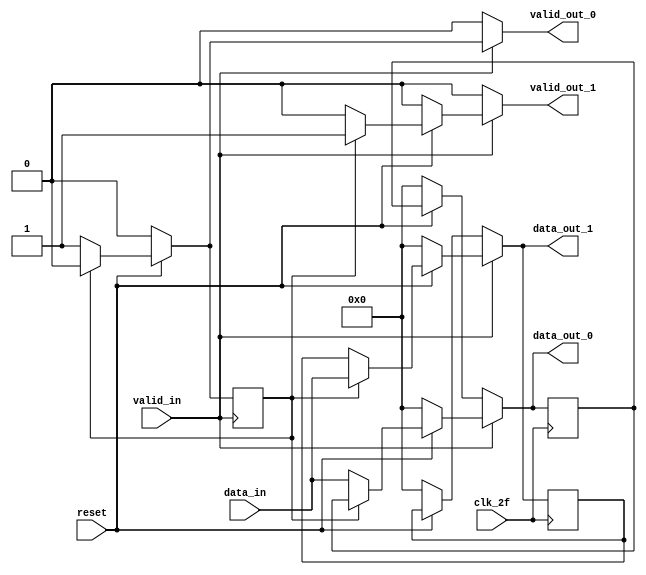
module demux (
	input clk_2f, 
	input reset,
    input valid_in,
	output reg [7:0] data_out_0,
	output reg [7:0] data_out_1,
    output reg valid_out_0,
    output reg valid_out_1,
	input [7:0] data_in);

    reg selector; //Senal interna
    reg [7:0]data_out_mem0;
    reg [7:0]data_out_mem1; 
    reg selectorF; 
        
     
	always @(*) begin //Se crea demux 
        valid_out_0=1'b0; 
        valid_out_1=1'b0; 
        
      data_out_0=data_out_mem0;
      data_out_1=data_out_mem1;
        if (valid_in==1) begin
        //valid_out_0=1'b0; 
        //valid_out_1=1'b0; 
               selector=selectorF;
        if (reset==1) begin
         
            if (!selector) begin
            //data_out_0=data_in;
            
                                                                                                                                              
               // if (valid_in==1) begin   
                data_out_0=data_in;              
               // valid_out_0=1'b1; 
                //valid_out_1=1'b0; 
               // data_out_0=data_out_mem0; 
               data_out_1=data_out_mem1;
                
                valid_out_0=1'b1; 
                valid_out_1=1'b0;
                
               // end else begin
                //valid_out_0=1'b0; 
               // data_out_0=data_out_mem0; 
                //end   
            end 
            else begin 
                //valid_out_0=data_in;
               // if (valid_in==1) begin
                data_out_1=data_in; 
              //  valid_out_1=1'b1;
               // valid_out_0=1'b0; 
                data_out_0=data_out_mem0;
                
                valid_out_1=1'b1; 
                valid_out_0=1'b0; 


                
               // end else begin
               // valid_out_1=1'b0;   
                //valid_out_0=data_out_mem1;
                //end 
            end         
        end
        else begin
            data_out_0=1'h0;
            data_out_1=1'h0; 
            selector=0; 
           // selectorF=0; 
        end 
        end else begin
        if (reset==1) begin
        selector=selectorF; 
        data_out_0=data_out_mem0;
        data_out_1=data_out_mem1; 
        valid_out_0=1'b0; 
        valid_out_1=1'b0; 
        end else begin
        
        data_out_0=1'b0;
        data_out_1=1'b0; 
        selector=0; 
        end 
        end 
    end
       
	 always @ (posedge clk_2f) begin 
     data_out_mem0=data_out_0; 
     data_out_mem1=data_out_1;
        
     end 
    always@(posedge valid_in) begin
        if (reset==1) begin
        if (selectorF) begin
        selectorF <=1'b0;        
        end else begin
        selectorF <=1'b1;
        end  
       end  else begin
        selectorF<=0;
        end
    end

endmodule